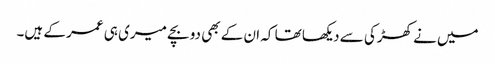
میں نے کھڑکی سے دیکھا تھا کہ ان کے بھی دو بچے میری ہی عمر کے ہیں۔